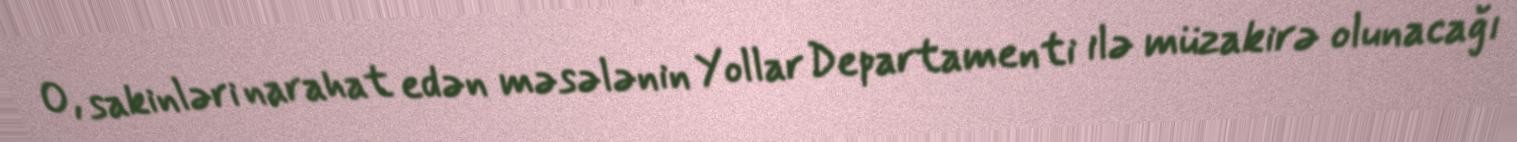
O, sakinləri narahat edən məsələnin Yollar Departamenti ilə müzakirə olunacağı